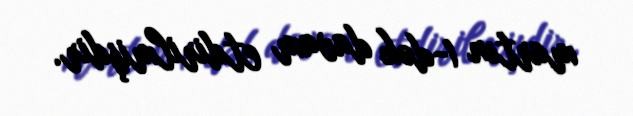
martın 1-dək davam etdirilmişdir.